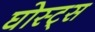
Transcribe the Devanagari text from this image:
घोस्ट्‌स